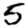
Digit: 5